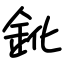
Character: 鈋